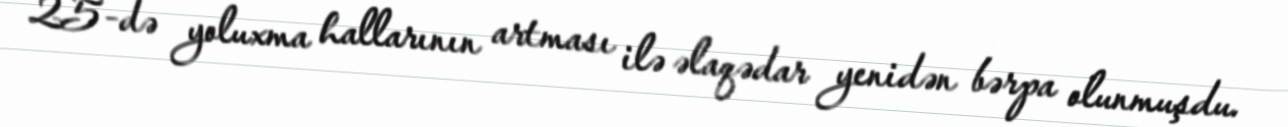
25-də yoluxma hallarının artması ilə əlaqədar yenidən bərpa olunmuşdu.